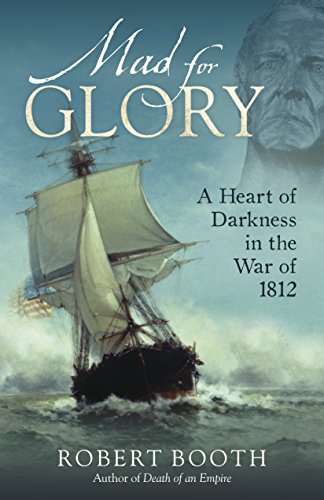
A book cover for Mad for Glory: A Heart of Darkness in the War of 1812; Robert Booth; History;